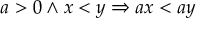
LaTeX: a > 0 \land x < y \Rightarrow a x < a y